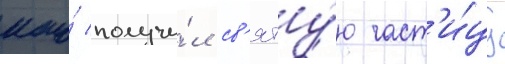
кто́ получи́л св'яту́ю част'и́цу